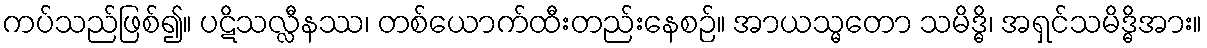
ကပ်သည်ဖြစ်၍။ ပဋိသလ္လီနဿ၊ တစ်ယောက်ထီးတည်းနေစဉ်။ အာယသ္မတော သမိဒ္ဓိ၊ အရှင်သမိဒ္ဓိအား။